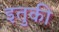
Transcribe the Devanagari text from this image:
इतुकी